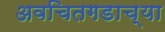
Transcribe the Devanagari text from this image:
अवचितगडाच्या